Civil Veterinary Dept. Bombay admin report 1923-31 - 1923-1931
Year: 1923
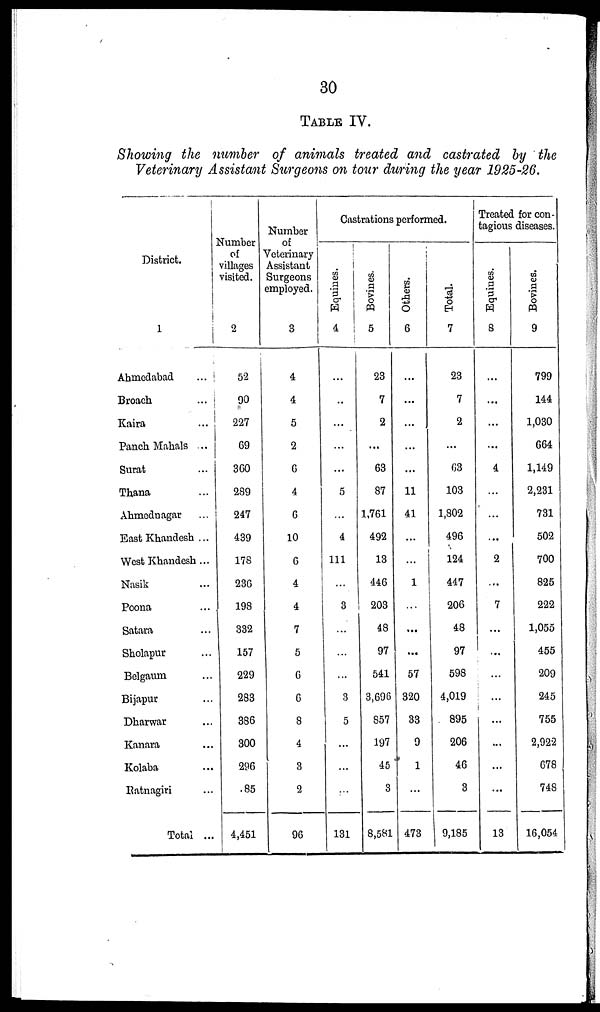
30
TABLE IV.
Showing the number of animals treated and castrated by the
Veterinary Assistant Surgeons on tour during the year 1925-26.
District.
1
Ahmedabad
...
Broach
...
Kaira ...
Panch Mahals ...
Surat ...
Thana ...
Ahmednagar ...
East Khandesh ...
West Khandesh...
Nasik ...
Poona ...
Satara ...
Sholapur ...
Belgaurn ...
Bijapur ...
Dharwar ...
Kanara ...
Kolaba ...
Ratnagiri ...
Total ...
Number
of
villages
visited.
2
52
90
227
69
360
289
247
439
178
236
198
332
157
229
283
386
300
296
85
4,451
Number
of
Veterinary
Assistant
Surgeons
employed.
3
4
4
5
2
6
4
6
10
6
4
4
7
5
6
6
8
4
3
2
96
Castrations performed.
Equines.
4
...
...
...
...
...
5
...
4
111
...
3
...
...
...
3
5
...
...
...
131
Bovines.
5
23
7
2
...
63
87
1,761
492
13
446
203
48
97
541
3,696
857
197
45
3
8,581
Others.
6
...
...
...
...
...
11
41
...
...
1
...
...
...
57
320
33
9
1
...
473
Total.
7
23
7
2
...
603
103
1,802
496
124
447
206
48
97
598
4,019
895
206
46
3
9,185
Treated for con-
tagious diseases.
Equines.
8
...
...
...
...
4
...
...
...
2
...
7
...
...
...
...
...
...
...
...
13
Bovines.
9
799
144
1,030
664
1,149
2,231
731
502
700
825
222
1,055
455
209
245
755
2,922
678
748
16,054